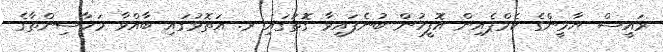
ރައީސް ޔާމީންގެ ކެމްޕެއިން އޮފީހުން ބުނެފައިވާ ގޮތުގައި ރ. އަތޮޅުގައި ބާއްވާ މަހާސިންތާގެ